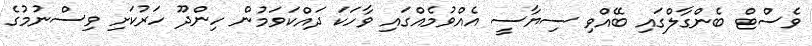
ވެސްޓް ބެންގާލްގައި ބޭއްވި ސިޔާސީ އެއްވުމެއްގައި ވާހަކަ ދައްކަވަމުން ހިންދޫ ހަރުކަށި ވިސްނުމުގެ